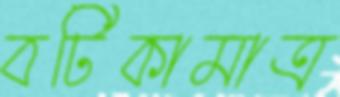
বটিকামাত্র